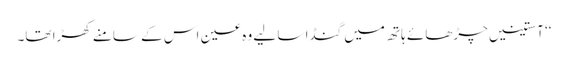
‘‘ آستینیں چڑھائے ہاتھ میں گنڈا سا لیے وہ عین اس کے سامنے کھڑا تھا۔